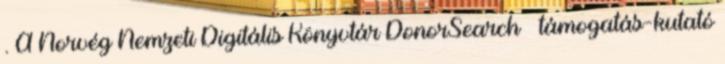
. A Norvég Nemzeti Digitális Könyvtár DonorSearch – támogatás-kutató